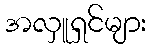
အလှူရှင်များ